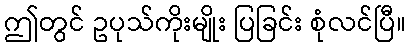
ဤတွင် ဥပုသ်ကိုးမျိုး ပြခြင်း စုံလင်ပြီ။